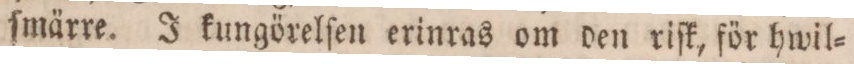
ſmärre. J kungörelſen erinras om den riſk, för hwil=